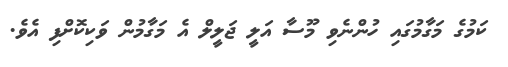
ކަމުގެ މަގާމުގައި ހުންނެވި މޫސާ އަލީ ޖަލީލް އެ މަގާމުން ވަކިކޮށްފި އެވެ.